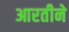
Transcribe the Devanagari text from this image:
आरतीने